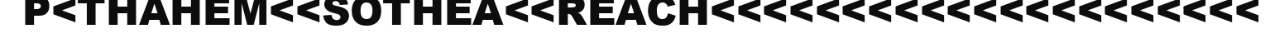
P<THAHEM<<SOTHEA<<REACH<<<<<<<<<<<<<<<<<<<<<